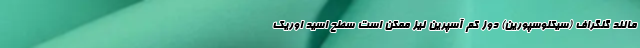
مانند گنگراف (سیکلوسپورین) دوز کم آسپرین نیز ممکن است سطح اسید اوریک